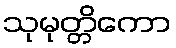
သုမုတ္တိကော